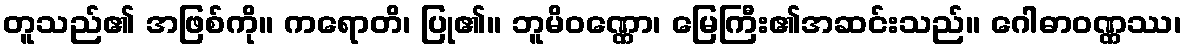
တူသည်၏ အဖြစ်ကို။ ကရောတိ၊ ပြု၏။ ဘူမိဝဏ္ဏော၊ မြေကြီး၏အဆင်းသည်။ ဂေါဓာဝဏ္ဏဿ၊